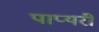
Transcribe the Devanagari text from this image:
पाप्यरी